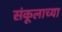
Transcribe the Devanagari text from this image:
संकूलाच्या